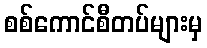
စစ်ကောင်စီတပ်များမှ